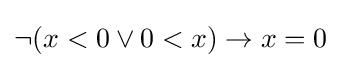
\neg (x<0\lor 0<x)\to x=0